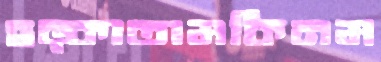
হড়্‌কাতামকিনম